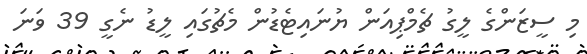
މި ސީޒަންގެ ލީގު ޗެމްޕިއަން ޔުނައިޓެޑުން މެޗުގައި ލީޑު ނެގީ 39 ވަނަ